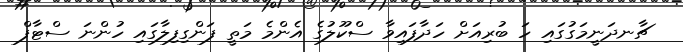
ޗާނދަނީމަގުގައި ހަ ބުރިއަށް ހަދާފައިވާ ސްކޫލުގެ އެންމެ މަތީ ފަންގިފިލާގައި ހުންނަ ސްޓާފް